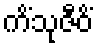
ကိံသုဇီဝိံ